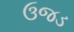
ઉજડ